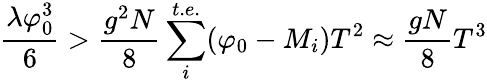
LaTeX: \frac{\lambda\varphi_{0}^{3}}{6}>\frac{g^{2}N}{8}\sum_{i}^{t.e.}(\varphi_{0}-M_{i})T^{2}\approx\frac{gN}{8}T^{3}